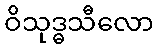
ဝိသုဒ္ဓသီလော